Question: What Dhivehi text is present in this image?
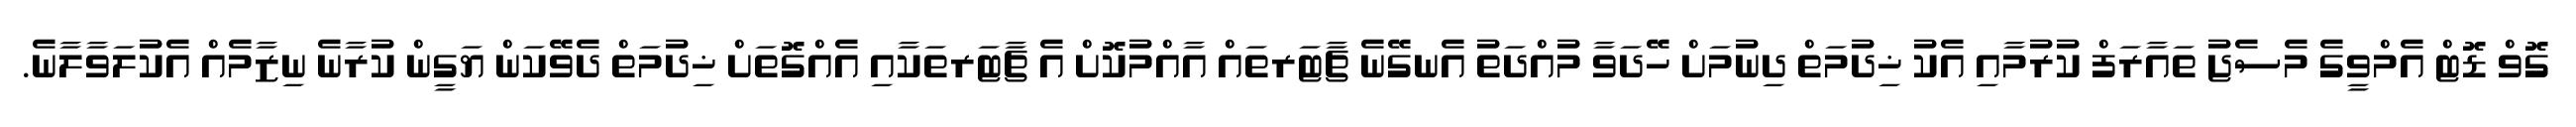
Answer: ގޮވް ޑޮޓް އެމްވީގެ މެސެޖު ތައާރަފް ކުރުމާއި އެކު ޚިދުމަތް ދިނުމަށް ހޭދަވާ މުއްދަތު އެނގޭނެ ޗާޓަރތައް އާއްމުކޮށް އެ ޗާޓަރތަކާއި އެއްގޮތަށް ޚިދުމަތް ދެވޭކަން ޔަގީން ކުރާނެ ނިޒާމެއް އެކުލަވާލާނެ.